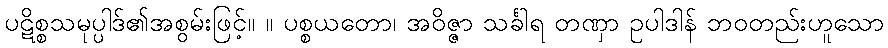
ပဋိစ္စသမုပ္ပါဒ်၏အစွမ်းဖြင့်။ ။ ပစ္စယတော၊ အဝိဇ္ဇာ သင်္ခါရ တဏှာ ဥပါဒါန် ဘဝတည်းဟူသော